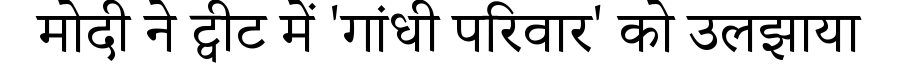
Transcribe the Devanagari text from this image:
मोदी ने ट्वीट में 'गांधी परिवार' को उलझाया